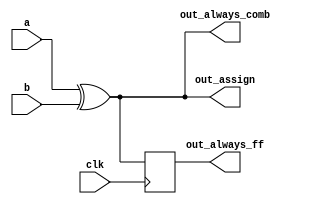
// synthesis verilog_input_version verilog_2001
module top_module(
    input clk,
    input a,
    input b,
    output wire out_assign,
    output reg out_always_comb,
    output reg out_always_ff   );
	
    assign out_assign = a ^ b;
    always @(*)
    	out_always_comb = a ^ b;
    always @(posedge clk)
        out_always_ff <= a ^ b; 
endmodule
//    //There are three types of assignments in Verilog:
		//Continuous assignments (assign x = y;). Can only be used when not inside a procedure ("always block").
		//Procedural blocking assignment: (x = y;). Can only be used inside a procedure.
		//Procedural non-blocking assignment: (x <= y;). Can only be used inside a procedure.

    //In a combinational always block, use blocking assignments. In a clocked always block, use non-blocking assignments.